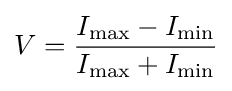
V={\frac {I_{\max }-I_{\min }}{I_{\max }+I_{\min }}}